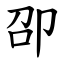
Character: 卲